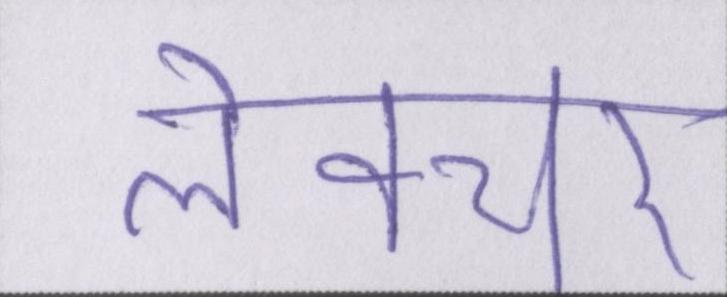
लेक्चर